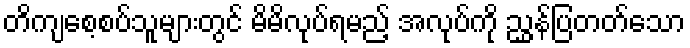
တိကျစေ့စပ်သူများတွင် မိမိလုပ်ရမည့် အလုပ်ကို ညွှန်ပြတတ်သော